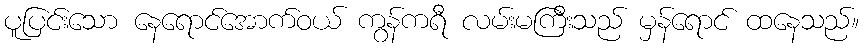
ပူပြင်းသော နေရောင်အောက်ဝယ် ကွန်ကရီ လမ်းမကြီးသည် မှန်ရောင် ထနေသည်။